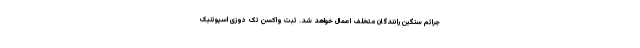
جرائم سنگین رانندگان متخلف اعمال خواهد شد. ثبت واکسن تک دوزی اسپوتنیک